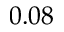
0 . 0 8